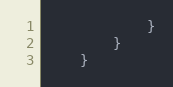
Language: Go
			}
		}
	}